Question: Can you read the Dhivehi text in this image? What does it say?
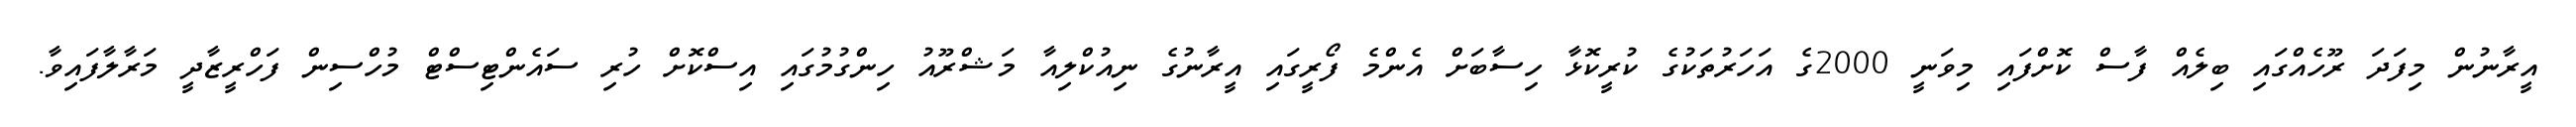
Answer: އީރާނުން މިފަދަ ރޫހެއްގައި ބިލެއް ފާސް ކޮށްފައި މިވަނީ 2000ގެ އަހަރުތަކުގެ ކުރީކޮޅާ ހިސާބަށް އެންމެ ފޯރީގައި އީރާނުގެ ނިއުކްލިއާ މަޝްރޫއު ހިންގުމުގައި އިސްކޮށް ހުރި ސައެންޓިސްޓް މުހްސިން ފަހްރީޒާދީ މަރާލާފައިވާ.